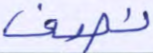
نصف